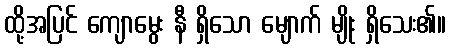
ထို့အပြင် ကျောမွေး နီ ရှိသော မျောက် မျိုး ရှိသေး၏။